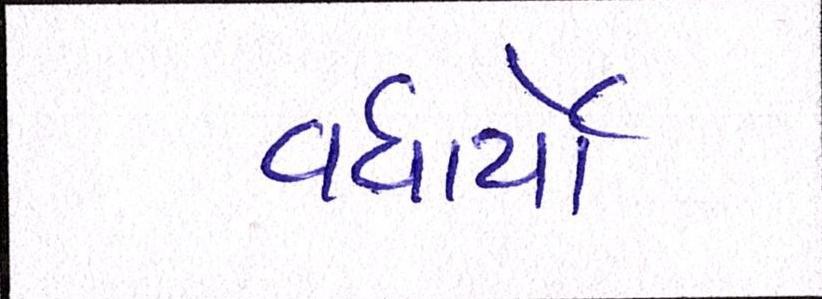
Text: વધાર્યો